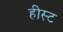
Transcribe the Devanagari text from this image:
हीस्ट